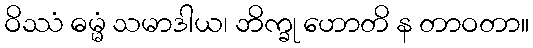
ဝိဿံ ဓမ္မံ သမာဒါယ၊ ဘိက္ခု ဟောတိ န တာဝတာ။